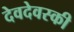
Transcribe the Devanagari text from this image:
देवदेवस्की